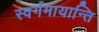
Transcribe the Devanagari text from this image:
स्वर्गमायान्ति